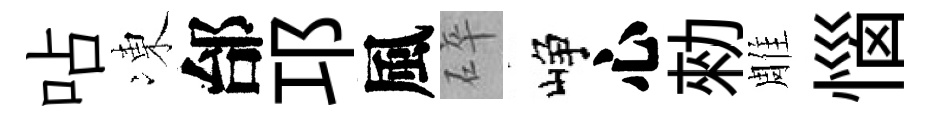
呫凍邰邛風碎峥心勑雕惱